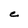
Character: C